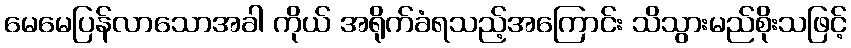
မေမေပြန်လာသောအခါ ကိုယ် အရိုက်ခံရသည့်အကြောင်း သိသွားမည်စိုးသဖြင့်